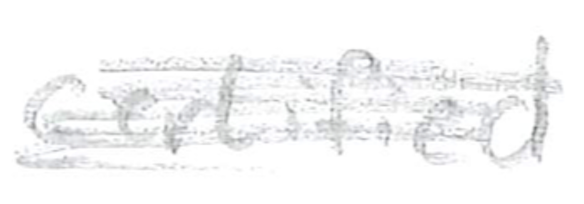
Text: certified
Cross-out: scratch
Writing tool: pencil